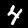
Digit: 4